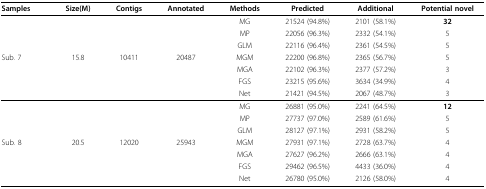
<table><thead><tr><td><b>Samples</b></td><td><b>Size(M)</b></td><td><b>Contigs</b></td><td><b>Annotated</b></td><td><b>Methods</b></td><td><b>Predicted</b></td><td><b>Additional</b></td><td><b>Potential novel</b></td></tr></thead><tbody><tr><td></td><td></td><td></td><td></td><td>MG</td><td>21524 (94.8%)</td><td>2101 (58.1%)</td><td><b>32</b></td></tr><tr><td></td><td></td><td></td><td></td><td>MP</td><td>22056 (96.3%)</td><td>2332 (54.1%)</td><td>5</td></tr><tr><td></td><td></td><td></td><td></td><td>GLM</td><td>22116 (96.4%)</td><td>2361 (54.5%)</td><td>5</td></tr><tr><td>Sub. 7</td><td>15.8</td><td>10411</td><td>20487</td><td>MGM</td><td>22200 (96.8%)</td><td>2365 (56.7%)</td><td>5</td></tr><tr><td></td><td></td><td></td><td></td><td>MGA</td><td>22102 (96.3%)</td><td>2377 (57.2%)</td><td>3</td></tr><tr><td></td><td></td><td></td><td></td><td>FGS</td><td>23215 (95.6%)</td><td>3634 (34.9%)</td><td>4</td></tr><tr><td></td><td></td><td></td><td></td><td>Net</td><td>21421 (94.5%)</td><td>2067 (48.7%)</td><td>3</td></tr><tr><td></td><td></td><td></td><td></td><td>MG</td><td>26881 (95.0%)</td><td>2241 (64.5%)</td><td><b>12</b></td></tr><tr><td></td><td></td><td></td><td></td><td>MP</td><td>27737 (97.0%)</td><td>2589 (61.6%)</td><td>5</td></tr><tr><td></td><td></td><td></td><td></td><td>GLM</td><td>28127 (97.1%)</td><td>2931 (58.2%)</td><td>5</td></tr><tr><td>Sub. 8</td><td>20.5</td><td>12020</td><td>25943</td><td>MGM</td><td>27931 (97.1%)</td><td>2728 (63.7%)</td><td>4</td></tr><tr><td></td><td></td><td></td><td></td><td>MGA</td><td>27627 (96.2%)</td><td>2666 (63.1%)</td><td>4</td></tr><tr><td></td><td></td><td></td><td></td><td>FGS</td><td>29462 (96.5%)</td><td>4433 (36.0%)</td><td>4</td></tr><tr><td></td><td></td><td></td><td></td><td>Net</td><td>26780 (95.0%)</td><td>2126 (58.0%)</td><td>4</td></tr></tbody></table>